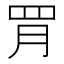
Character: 𦊈